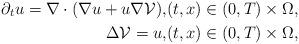
LaTeX: \begin{align*}\partial_t u=\nabla \cdot(\nabla u+u \nabla\mathcal{V}),&(t,x) \in(0,T)\times\Omega,\\\Delta \mathcal{V} = u,&(t,x) \in(0,T)\times\Omega,\end{align*}